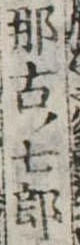
那古ノ七郎